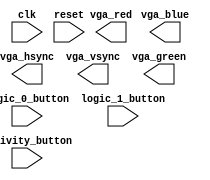
module TrianglesVsCircles (
  input wire clk, 
  input wire reset,
  input wire logic_0_button,
  input wire logic_1_button,
  input wire activity_button,
  output wire vga_hsync,
  output wire vga_vsync,
  output wire [9:0] vga_red,
  output wire [9:0] vga_green,
  output wire [9:0] vga_blue
);

  // Game parameters
  parameter BOARD_SIZE = 10;
  parameter MAX_MOVES = 25;
  parameter WINNING_PLACEMENT = 4;
  
	parameter IDLE = 3'b000;
	parameter TRIANGLES_TURN = 3'b001;
	parameter CIRCLES_TURN = 3'b010;
	parameter CHECK_WIN = 3'b011;
	parameter GAME_OVER = 3'b100;
	
	reg [2:0] state, next_state;

	parameter EMPTY = 2'b00;
	parameter TRIANGLE = 2'b01;
	parameter CIRCLE = 2'b10;
	parameter OCCUPIED = 2'b11;

	reg [1:0] piece;

  // Game state variables
  reg [1:0] board [0:BOARD_SIZE-1][0:BOARD_SIZE-1];
  reg current_player; // 0 for circle 1 for triangle
  reg [9:0] total_moves_triangles;
  reg [9:0] total_moves_circles;
  reg [9:0] recent_position_triangles;
  reg [9:0] recent_position_circles;
  reg [9:0] winning_placement_start_x;
  reg [9:0] winning_placement_start_y;
  reg [0:1] game_outcome;
  reg [3:0] move_counter;
  reg [9:0] erase_square_x;
  reg [9:0] erase_square_y;

  // VGA timing variables
  reg [10:0] hcount;
  reg [10:0] vcount;

  // Other internal signals
  wire [3:0] player_shape;
  
  // Game state initialization
  initial begin
    reset_game_state();
  end

  /*always_comb begin
    case(state)
        IDLE: begin
            if (activity_button_d) begin
                current_player <= 0; // Start with circles
                reset_game_state();
                next_state = TRIANGLES_TURN;
            end else begin
                next_state = IDLE;
            end
        end

        TRIANGLES_TURN: begin
            if (activity_button_d) begin
                if (is_valid_move(x_output, y_output)) begin
                    board[x_output][y_output] <= TRIANGLE;
                    total_moves_triangles <= total_moves_triangles + 1;
                    recent_position_triangles <= {x_output, y_output};
                    next_state = CHECK_WIN;
                end
            end else begin
                next_state = TRIANGLES_TURN;
            end
        end

        CIRCLES_TURN: begin
            if (activity_button_d) begin
                if (is_valid_move(x_output, y_output)) begin
                    board[x_output][y_output] <= CIRCLE;
                    total_moves_circles <= total_moves_circles + 1;
                    recent_position_circles <= {x_output, y_output};
                    next_state = CHECK_WIN;
                end
            end else begin
                next_state = CIRCLES_TURN;
            end
        end

        CHECK_WIN: begin
            if (current_player == 0) begin // Check if circles won
                if (check_win_condition(CIRCLE, recent_position_circles)) begin
                    game_outcome <= 0;
                    next_state = GAME_OVER;
                end else if (total_moves_circles == MAX_MOVES) begin
                    game_outcome <= 1; // Draw
                    next_state = GAME_OVER;
                end else begin
                    current_player <= 1; // Switch to triangles
                    next_state = TRIANGLES_TURN;
                end
            end else begin // Check if triangles won
                if (check_win_condition(TRIANGLE, recent_position_triangles)) begin
                    game_outcome <= 2;
                    next_state = GAME_OVER;
                end else if (total_moves_triangles == MAX_MOVES) begin
                    game_outcome <= 1; // Draw
                    next_state = GAME_OVER;
                end else begin
                    current_player <= 0; // Switch to circles
                    next_state = CIRCLES_TURN;
                end
            end
        end

        GAME_OVER: begin
            if (activity_button_d) begin
                reset_game_state();
                next_state = IDLE;
            end else begin
                next_state = GAME_OVER;
            end
        end
    endcase
end 



always_ff @(posedge clk or posedge reset) begin
    if (reset) begin
        state <= IDLE;
    end else begin
        state <= next_state;
    end
end

  
    always_ff @(posedge clk) begin
    if (reset) begin
      // reset logic
    end else if (logic_0_button) begin
      // add a '0' to the input buffer
    end else if (logic_1_button) begin
      // add a '1' to the input buffer
    end else if (activity_button) begin
      // interpret the input buffer as a move and make the move
    end
  end
	 
	/*   always_ff @(posedge clk) begin
    if (reset) begin
      // reset the display
    end else begin
      // update the display based on the game state
    end
  end */
  
  // Reset game state
  task reset_game_state;
    integer i, j;

    for (i = 0; i < BOARD_SIZE; i = i + 1) begin
      for (j = 0; j < BOARD_SIZE; j = j + 1) begin
        board[i][j] = 2'b00;
      end
	end
    endtask

	 /*
function [0:0] check_win_condition;
  input [3:0] recent_x, recent_y;
  input [1:0] current_piece;
  
  integer dx, dy;
  integer count;
  
  // Initialize output to false (no winning condition)
  check_win_condition = 1'b0;
  
  // Vertical check
  count = 0;
  for (dy = -3; dy <= 3; dy = dy + 1) begin
    if (recent_y + dy >= 0 && recent_y + dy < BOARD_SIZE && board[recent_x][recent_y + dy] == current_piece) begin
      count = count + 1;
      if (count >= WINNING_PLACEMENT)
        check_win_condition = 1'b1;
    end else
      count = 0;
  end

  // Horizontal check
  count = 0;
  for (dx = -3; dx <= 3; dx = dx + 1) begin
    if (recent_x + dx >= 0 && recent_x + dx < BOARD_SIZE && board[recent_x + dx][recent_y] == current_piece) begin
      count = count + 1;
      if (count >= WINNING_PLACEMENT)
        check_win_condition = 1'b1;
    end else
      count = 0;
  end

  // Diagonal check (/)
  count = 0;
  for (dx = -3, dy = -3; dx <= 3 && dy <= 3; dx = dx + 1, dy = dy + 1) begin
    if (recent_x + dx >= 0 && recent_x + dx < BOARD_SIZE && recent_y + dy >= 0 && recent_y + dy < BOARD_SIZE && board[recent_x + dx][recent_y + dy] == current_piece) begin
      count = count + 1;
      if (count >= WINNING_PLACEMENT)
        check_win_condition = 1'b1;
    end else
      count = 0;
  end

  // Diagonal check (\)
  count = 0;
  for (dx = -3, dy = 3; dx <= 3 && dy >= -3; dx = dx + 1, dy = dy - 1) begin
    if (recent_x + dx >= 0 && recent_x + dx < BOARD_SIZE && recent_y + dy >= 0 && recent_y + dy < BOARD_SIZE && board[recent_x + dx][recent_y + dy] == current_piece) begin
      count = count + 1;
      if (count >= WINNING_PLACEMENT)
        check_win_condition = 1'b1;
    end else
      count = 0;
  end
endfunction
*/
function [0:0] is_valid_move;
  input [3:0] x; 
  input [3:0] y; 

  begin
    if (x >= BOARD_SIZE || y >= BOARD_SIZE || board[x][y] != EMPTY)
      is_valid_move = 1'b0; // Invalid move
    else
      is_valid_move = 1'b1; // Valid move
  end
endfunction


endmodule